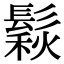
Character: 鬏